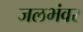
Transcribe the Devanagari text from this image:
जलभंवर